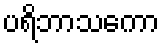
ပရိဘာသကော